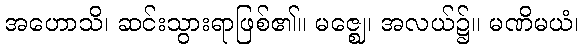
အဟောသိ၊ ဆင်းသွားရာဖြစ်၏။ မဇ္ဈေ၊ အလယ်၌။ မဏိမယံ၊